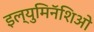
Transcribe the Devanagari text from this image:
इल्युमिनॅशिओ